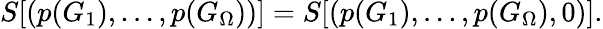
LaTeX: S[(p(G_{1}),\dots,p(G_{\Omega}))]=S[(p(G_{1}),\dots,p(G_{\Omega}),0)].